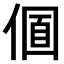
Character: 𠌛